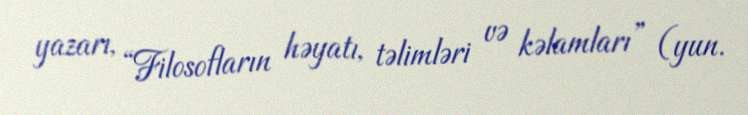
yazarı, “Filosofların həyatı, təlimləri və kəlamları” (yun.